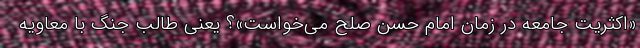
«اکثریت جامعه در زمان امام حسن صلح می‌خواست»؟ یعنی طالب جنگ با معاویه